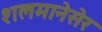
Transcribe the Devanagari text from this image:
शलमानेसेर